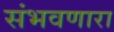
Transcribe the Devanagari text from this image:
संभवणारा